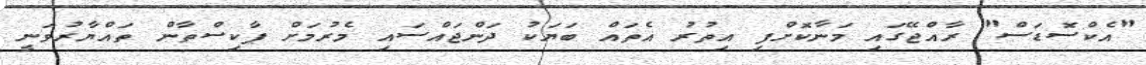
"އެކްސޮޑަސް" ރާއްޖޭގައި މަނާކޮށްފި އިތުރު އެތައް ބަޔަކު ދަންޖައްސައި މެރުމަށް ޕާކިސްތާން ތައްޔާރުވަނީ